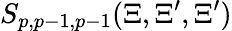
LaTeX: S_{p,p-1,p-1}(\Xi,\Xi^{\prime},\Xi^{\prime})